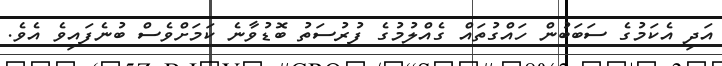
އަދި އެކަމުގެ ސަބަބުން ހައްގުތައް ގެއްލުމުގެ ފުރުސަތު ބޮޑުވާނެ ކަމަށްވެސް ބުނެފައިވެ އެވެ.